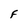
Character: F